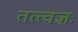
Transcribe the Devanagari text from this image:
तत्त्वज्ञः